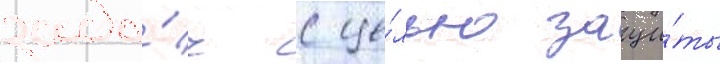
зада́ч с це́лью защи́ты